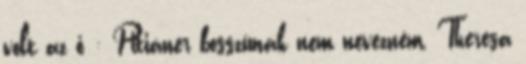
volt az ő : Pitiáner bosszúnak nem nevezném, Theresa